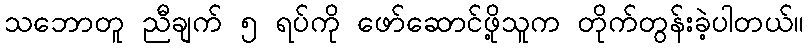
သဘောတူ ညီချက် ၅ ရပ်ကို ဖော်ဆောင်ဖို့သူက တိုက်တွန်းခဲ့ပါတယ်။